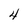
Character: 4